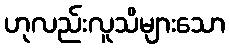
ဟုလည်းလူသိများသော